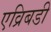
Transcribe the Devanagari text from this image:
एव्रिबडी